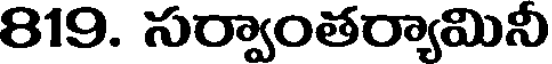
819. సర్వాంతర్యామినీ